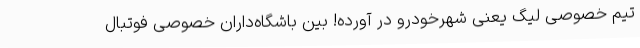
تیم خصوصی لیگ یعنی شهرخودرو در آورده! بین باشگاه‌داران خصوصی فوتبال